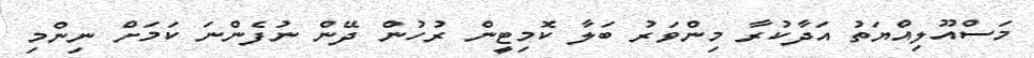
މަސްއޫލިއްޔަތު އަދާކުރާ މިންވަރު ބަލާ ކޮމިޓީން ރުހުން ދޭން ނުފެންނަ ކަމަށް ނިންމި